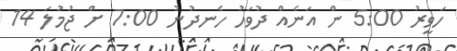
ހަވީރު 5:00 ން އަނެއް ދުވަހު ހެނދުނު 7:00 ށް ޖުމުލަ 14